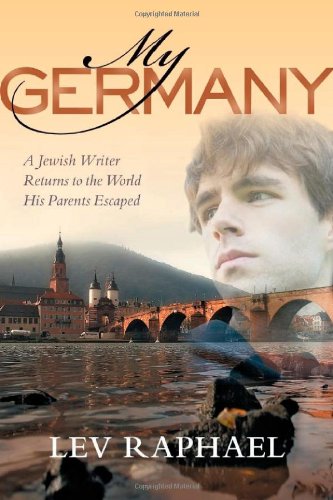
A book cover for My Germany: A Jewish Writer Returns to the World His Parents Escaped; Lev Raphael; Gay & Lesbian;